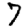
Digit: 7